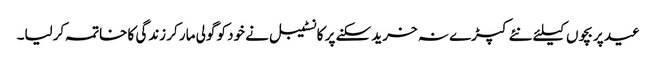
عید پر بچوں کیلئے نئے کپڑے نہ خرید سکنے پر کانسٹیبل نے خود کو گولی مار کر زندگی کا خاتمہ کرلیا۔